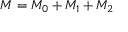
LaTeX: { \cal M } = { \cal M } _ { 0 } + { \cal M } _ { 1 } + { \cal M } _ { 2 }